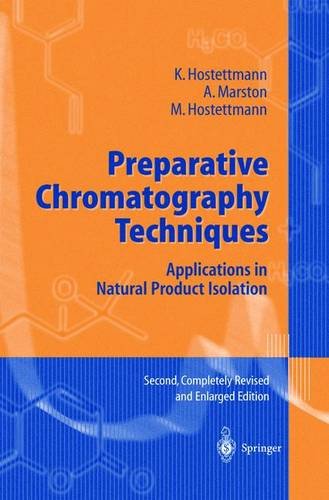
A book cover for Preparative Chromatography Techniques: Applications in Natural Product Isolation; K. Hostettmann; Science & Math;